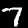
Label: 7